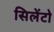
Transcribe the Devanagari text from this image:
सिलेंटो